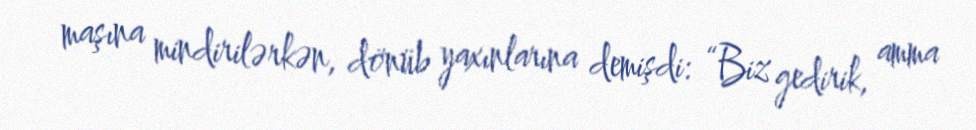
maşına mindirilərkən, dönüb yaxınlarına demişdi: “Biz gedirik, amma